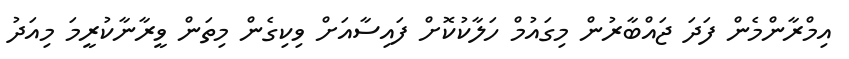
އިމްރާންމެން ފަދަ ޖައްބާރުން މިގައުމް ހަލާކުކޮށް ފައިސާއަށް ވިކިގެން މިތަން ވީރާނާކުރީމަ މިއަދު